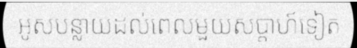
អូសបន្លាយដល់ពេលមួយសប្តាហ៍ទៀត